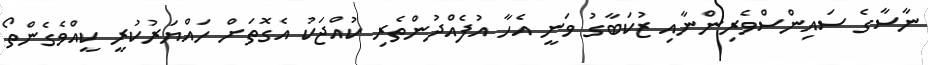
ނާސާގެ ސައިންސްވެރިންނާއި ޒުކަބާގު ވަނީ އެހާ އުފެއްދުންތެރި ކުއްޖަކު އެގޮތަށް ހައްޔަރުކުރީ ކީއްވެގެންތޯ